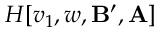
H [ v _ { 1 } , w , \mathbf { B } ^ { \prime } , \mathbf { A } ]